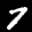
Label: 7